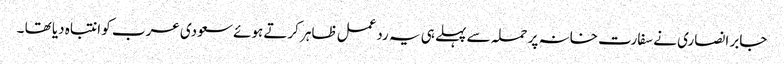
جابر انصاری نے سفارت خانہ پر حملہ سے پہلے ہی یہ ردعمل ظاہر کرتے ہوئے سعودی عرب کو انتباہ دیا تھا ۔